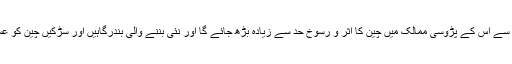
بھارت کو تشویش ہے کہ اس منصوبے سے اس کے پڑوسی ممالک میں چین کا اثر و رسوخ حد سے زیادہ بڑھ جائے گا اور نئی بننے والی بندرگاہیں اور سڑکیں چین کو عسکری معاونت بھی فراہم کر سکتی ہیں۔